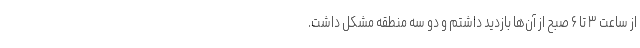
از ساعت ۳ تا ۶ صبح از آن‌ها بازدید داشتم و دو سه منطقه مشکل داشت.